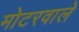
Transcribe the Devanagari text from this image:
मोटरवाले